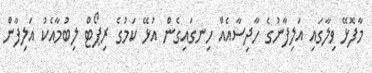
މާފޮޅޭ ވިލާގައި އަލިފާނުގެ ހާދިސާއެއް ހިނގައިގެން އުޅޭ ކަމުގެ ރިޕޯޓް ލިބުމާއެކު އަލިފާން